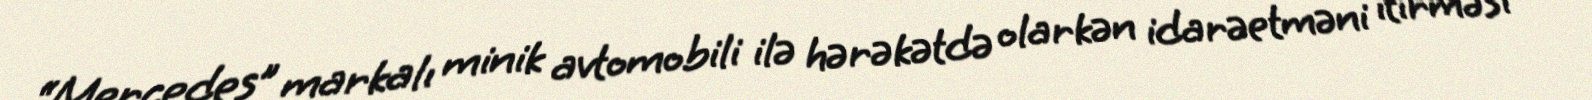
“Mercedes” markalı minik avtomobili ilə hərəkətdə olarkən idarəetməni itirməsi